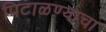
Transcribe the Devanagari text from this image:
पिटाळण्याचा